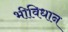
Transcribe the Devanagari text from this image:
भीविधान